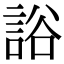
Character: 䛦